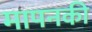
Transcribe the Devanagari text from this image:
मापनकी